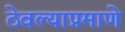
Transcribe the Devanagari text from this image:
ठेवल्याप्रमाणे